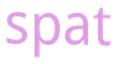
spat